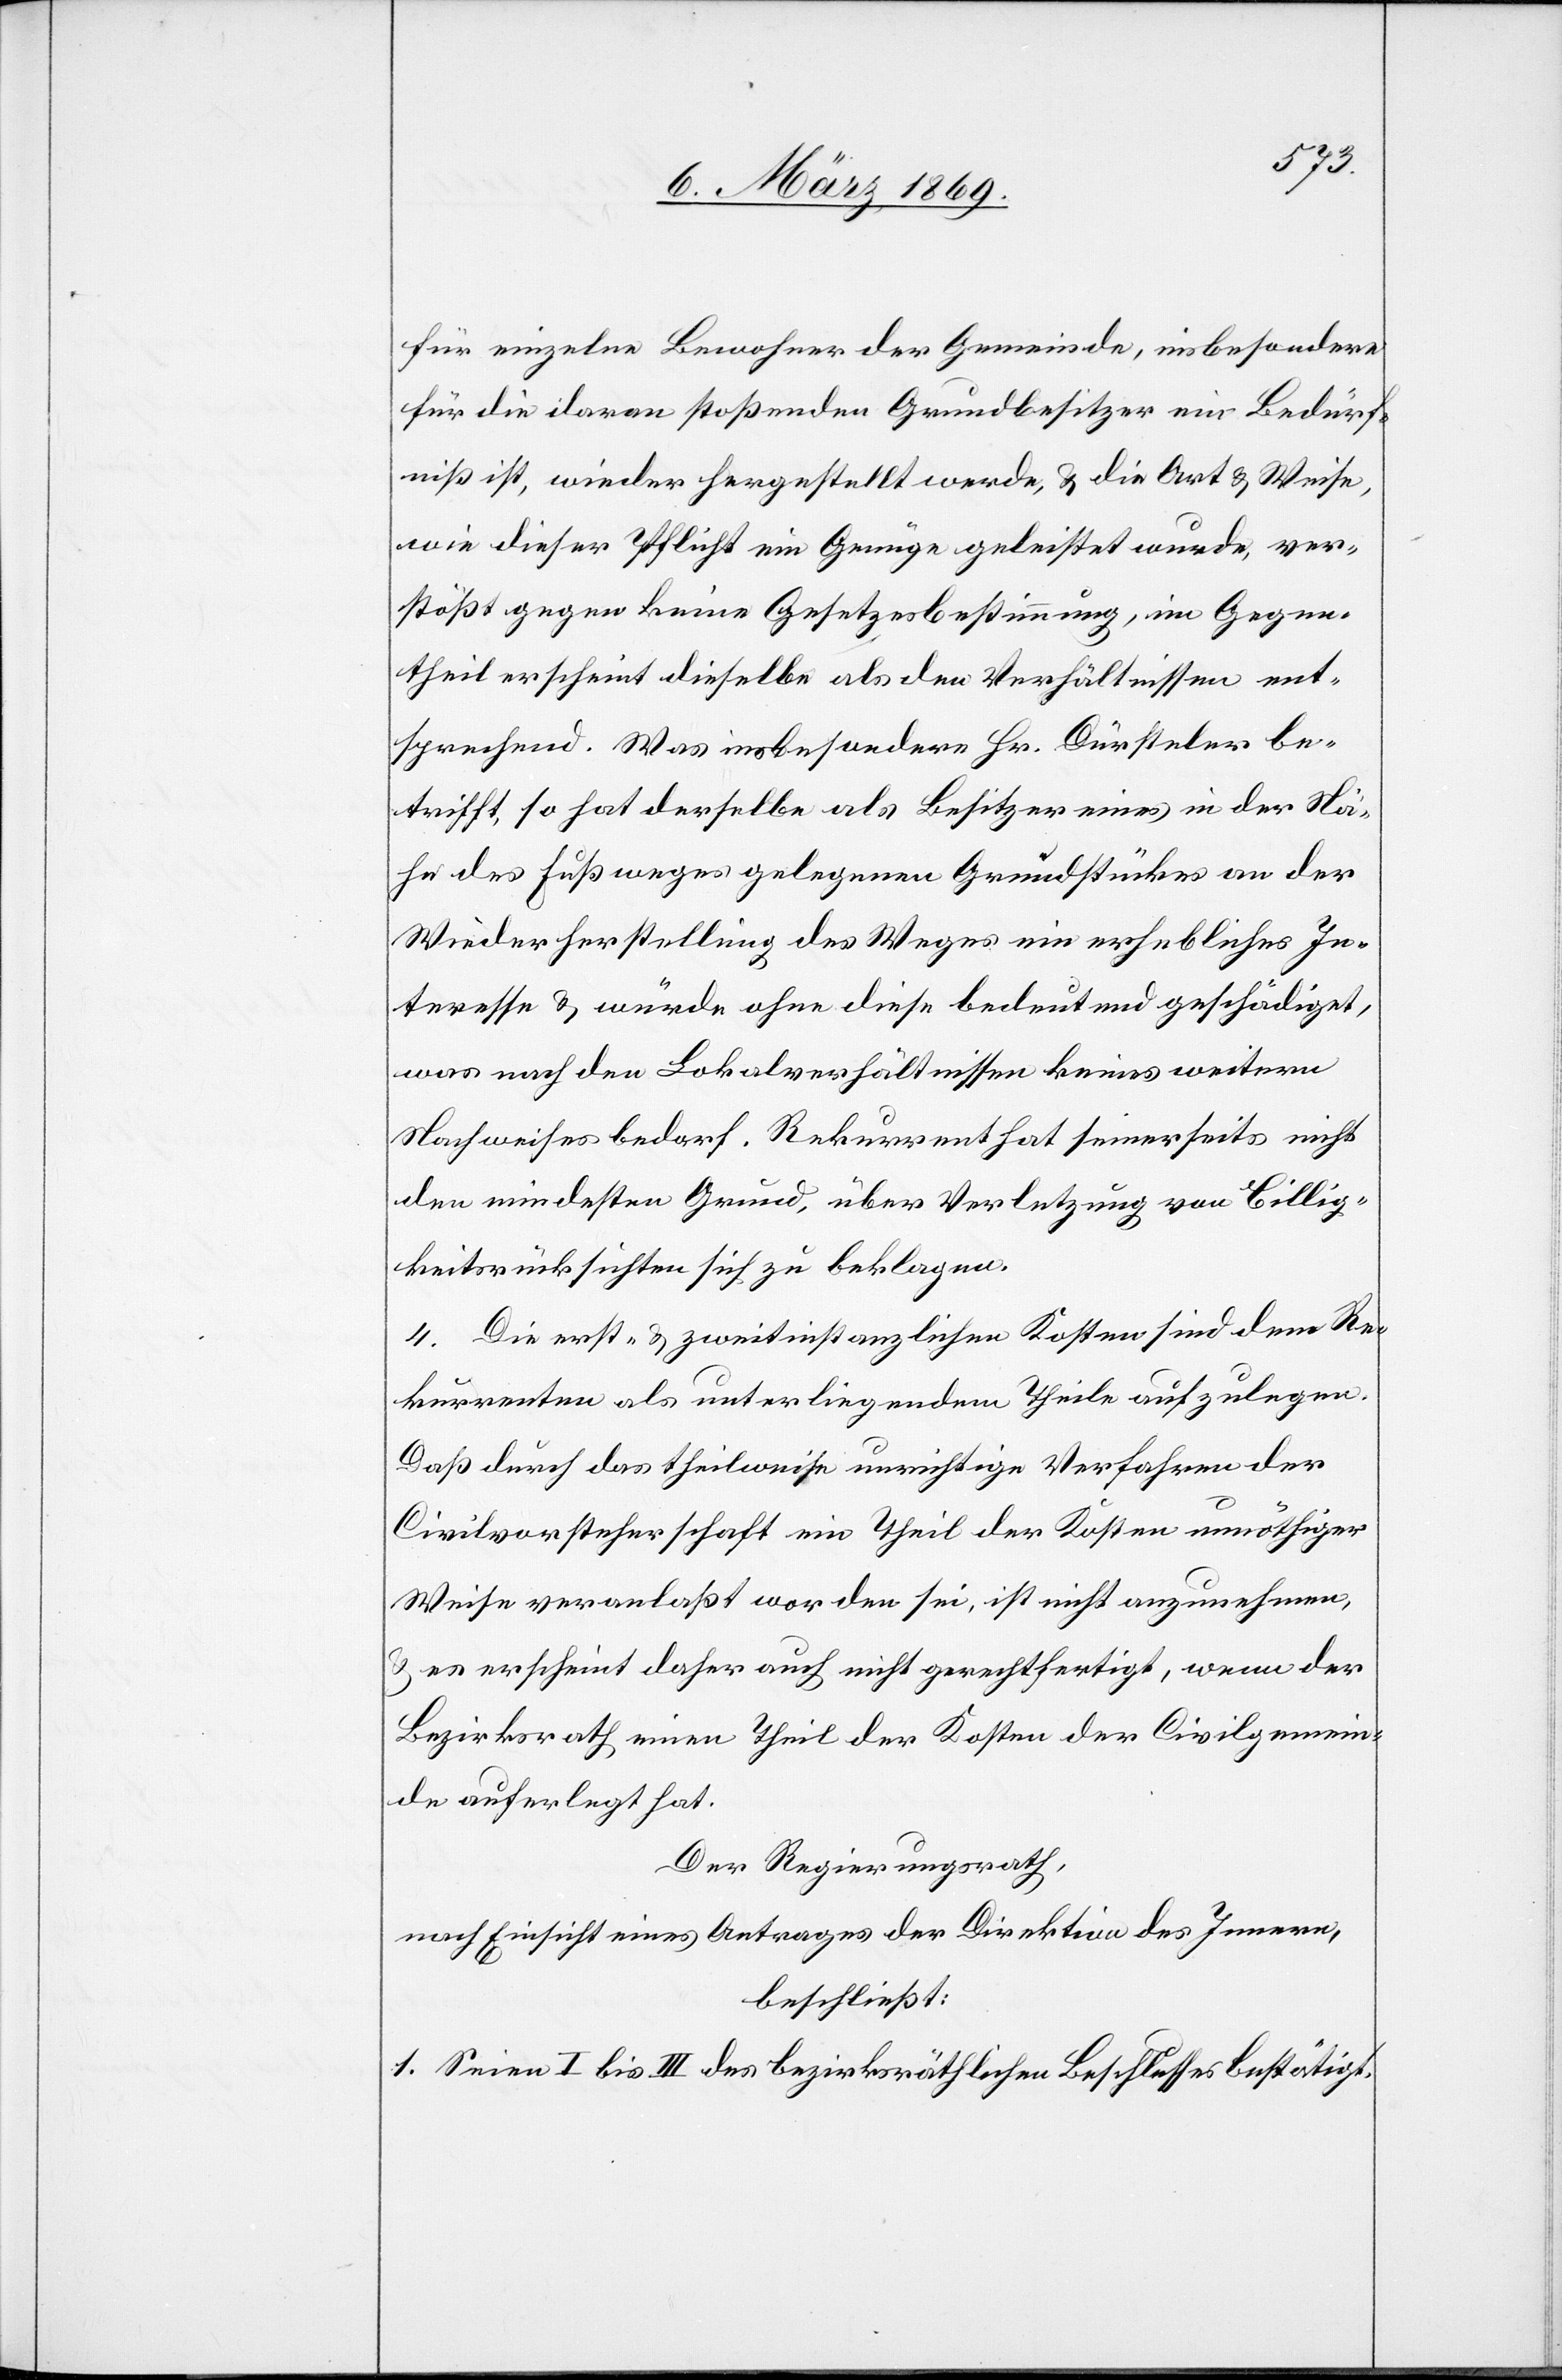
für einzelne Bewohner der Gemeinde, insbesondere
für die daran stoßenden Grundbesitzer ein Bedürf¬
niß ist, wieder hergestellt werde, & die Art & Weise,
wie dieser Pflicht ein Genüge geleistet wurde, ver¬
stößt gegen keine Gesetzesbestimmung, im Gegen¬
theil erscheint dieselbe als den Verhältnissen ent¬
sprechend. Was insbesondere Hr. Dürsteler be¬
trifft, so hat derselbe als Besitzer eines in der Nä¬
he des Fußweges gelegenen Grundstückes an der
Wiederherstellung des Weges ein erhebliches In¬
teresse & würde ohne diese bedeutend geschädiget,
was nach den Lokalverhältnissen keines weitern
Nachweises bedarf. Rekurrent hat seinerseits nicht
den mindesten Grund, über Verletzung von Billig¬
keitsrücksichten sich zu beklagen.
4. Die erst- & zweitinstanzlichen Kosten sind dem Re¬
kurrenten als unterliegendem Theile aufzulegen.
Daß durch das theilweise unrichtige Verfahren der
Civilvorsteherschaft ein Theil der Kosten unnöthiger
Weise veranlaßt worden sei, ist nicht anzunehmen,
& es erscheint daher auch nicht gerechtfertigt, wenn der
Bezirksrath einen Theil der Kosten der Civilgemein¬
de auferlegt hat.
Der Regierungsrath,
nach Einsicht eines Antrages der Direktion des Innern,
beschließt:
Seien I bis III des bezirksräthlichen Beschlusses bestätigt.